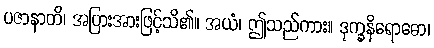
ပဇာနာတိ၊ အပြားအားဖြင့်သိ၏။ အယံ၊ ဤသည်ကား။ ဒုက္ခနိရောဓော၊